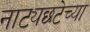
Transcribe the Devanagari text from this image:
नाट्यछटेच्या